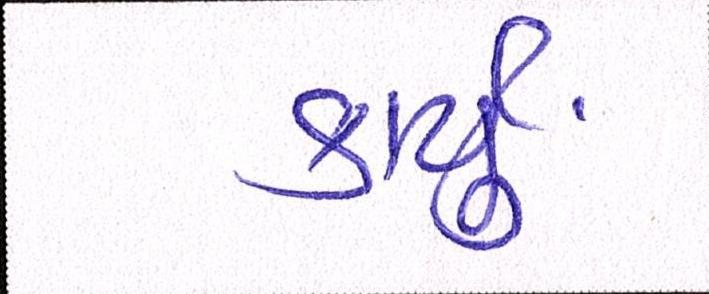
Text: કાર્યું